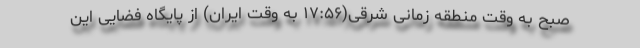
صبح به وقت منطقه زمانی شرقی(۱۷:۵۶ به وقت ایران) از پایگاه فضایی این